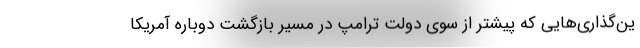
ین‌گذاری‌هایی که پیشتر از سوی دولت ترامپ در مسیر بازگشت دوباره آمریکا